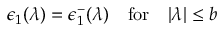
\epsilon _ { 1 } ( \lambda ) = \epsilon _ { 1 } ^ { - } ( \lambda ) \quad \mathrm { f o r } \quad | \lambda | \leq b